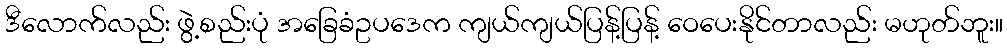
ဒီလောက်လည်း ဖွဲ့စည်းပုံ အခြေခံဥပဒေက ကျယ်ကျယ်ပြန့်ပြန့် ဝေပေးနိုင်တာလည်း မဟုတ်ဘူး။